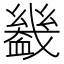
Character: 𧗒